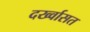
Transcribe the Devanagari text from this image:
दर्ख्वासत